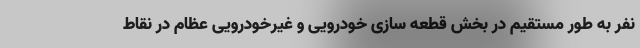
نفر به طور مستقیم در بخش قطعه سازی خودرویی و غیرخودرویی عظام در نقاط